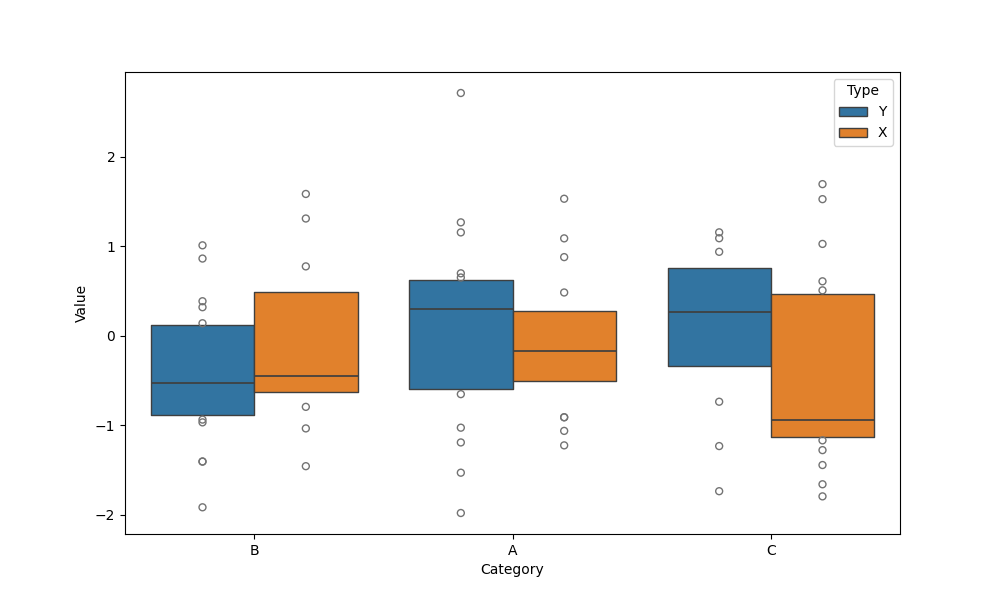
python, seaborn, boxenplot, k_depth='tukey', linewidth=1, scale='exponential', outlier_prop=0.1, showfliers=True